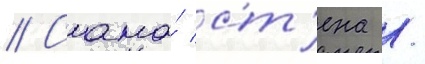
// Сама́ ст'ена /